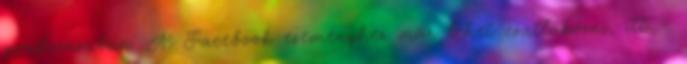
gondozásában. A Facebook eseményhez már lehet csatlakozni, itt -